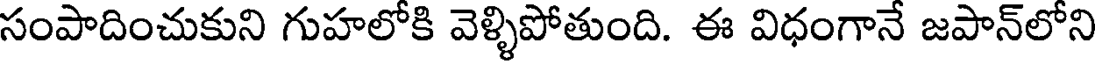
సంపాదించుకుని గుహలోకి వెళ్ళిపోతుంది. ఈ విధంగానే జపాన్లోని